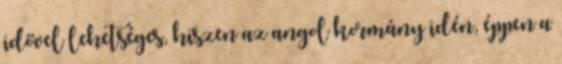
idővel lehetséges, hiszen az angol kormány idén, éppen a